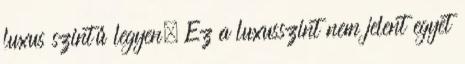
luxus szintű legyen. Ez a luxusszint nem jelent egyet